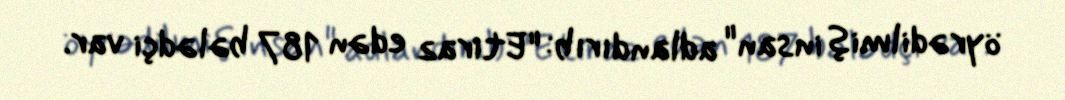
öyrədilmiş insan" adlandırıb: "Etiraz edən 187 bələdçi var.